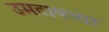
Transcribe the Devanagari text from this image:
उमटायच्या